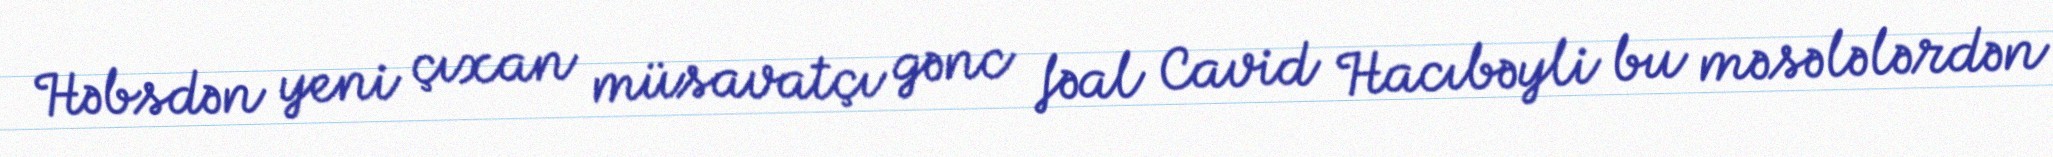
Həbsdən yeni çıxan müsavatçı gənc fəal Cavid Hacıbəyli bu məsələlərdən